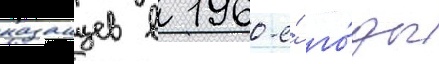
казанцев в 1960-е́ го́ды